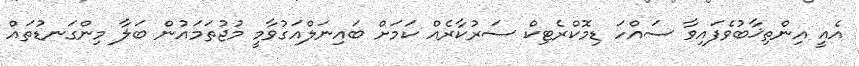
އެއީ އިންތިޚާބުވެފައިވާ ސައްހަ ޑިމޮކްރެޓިކް ސަރުކާރެއް ކަމަށް ބައިނަލްއަގުވާމީ މުޖުތަމައުން ބަލާ މިންގަނޑުތައް